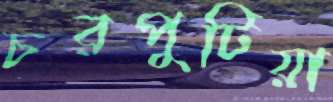
চরপুটিয়া